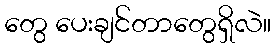
တွေ ပေးချင်တာတွေရှိလဲ။